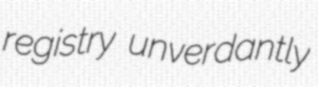
registry unverdantly